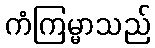
ကံကြမ္မာသည်